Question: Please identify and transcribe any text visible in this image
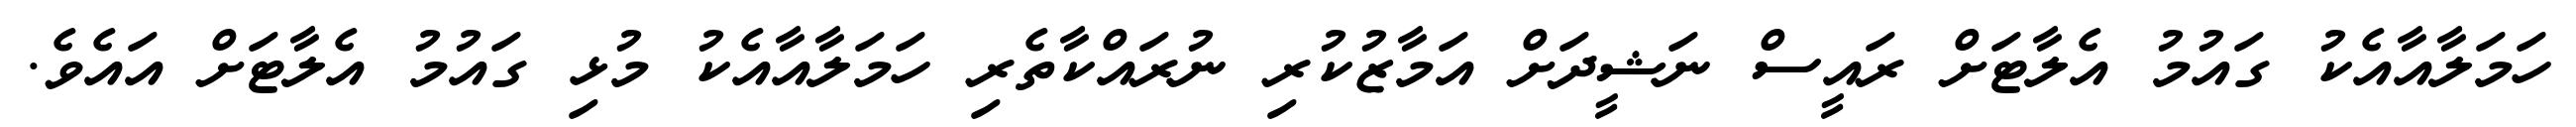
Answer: ހަމަލާއާއެކު ގައުމު އެލާޓަށް ރައީސް ނަޝީދަށް އަމާޒުކުރި ނުރައްކާތެރި ހަމަލާއާއެކު މުޅި ގައުމު އެލާޓަށް އައެވެ.